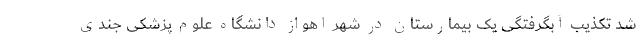
شد تکذیب آبگرفتگی یک بیمارستان در شهر اهواز دانشگاه علوم پزشکی جندی